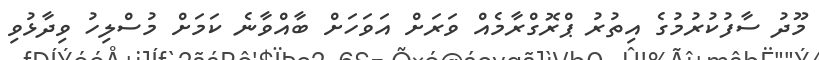
މޫދު ސާފުކުރުމުގެ އިތުރު ޕްރޮގްރާމެއް ވަރަށް އަވަހަށް ބާއްވާނެ ކަމަށް މުސްލިހު ވިދާޅުވި